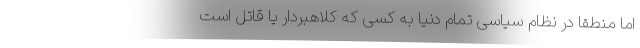
اما منطقاً در نظام سیاسی تمام دنیا به کسی که کلاهبردار یا قاتل است